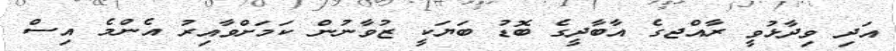
އަދި ވިދާޅުވީ ރާއްޖގެ އާބާދީގެ ބޮޑު ބަޔަކީ ޒުވާނުން ކަމަށްވާއިރު އެންމެ އިސް